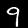
Label: 9